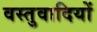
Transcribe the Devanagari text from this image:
वस्तुवादियों